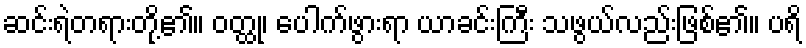
ဆင်းရဲတရားတို့၏။ ဝတ္ထု၊ ပေါက်ဖွားရာ ယာခင်းကြီး သဖွယ်လည်းဖြစ်၏။ ပရိ